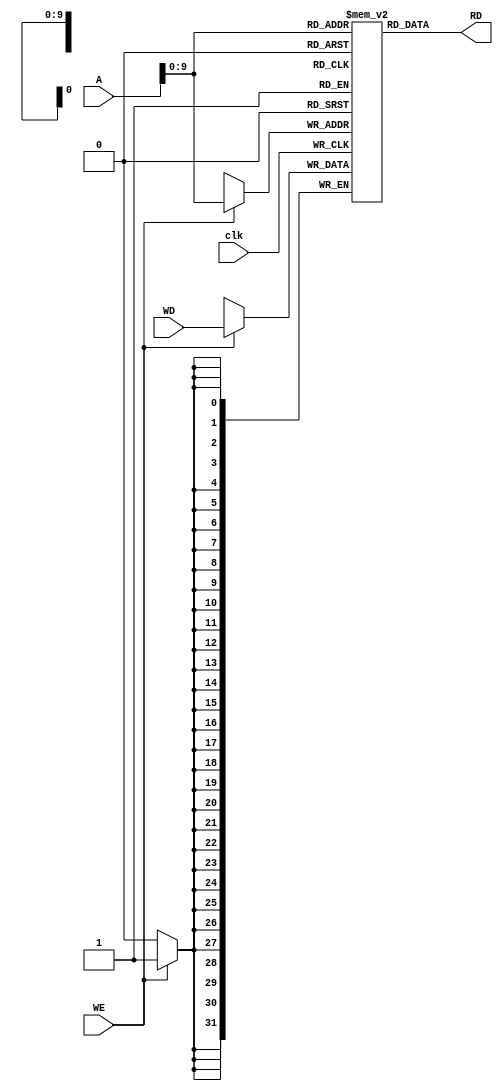
module Data_Memory (A,RD,WD,WE,clk);

input [31:0] A,WD;
input clk;
input WE;

output [31:0] RD ;

reg [31:0] Data_mem [1023 :0];

assign RD =  Data_mem[A];

always @(posedge clk) begin
    if (WE) begin
        Data_mem[A] <= WD ;
        
    end
    
end

    
    
endmodule